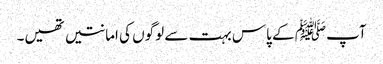
آپﷺ کے پاس بہت سے لوگوں کی امانتیں تھیں۔